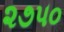
૨૭૫૦